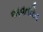
અવતરિત